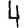
Digit: 4